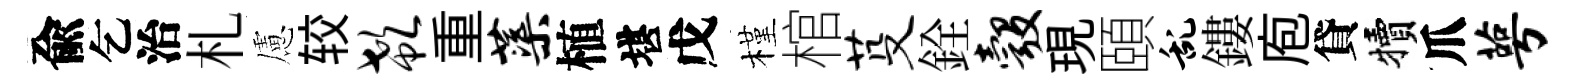
兪乞治札慮较欷重蕖植堪戊槿棺芟銓彀現頤乱鏤庖貸犢爪萼